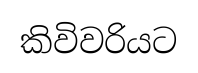
කිවිවරියට